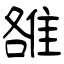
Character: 雒